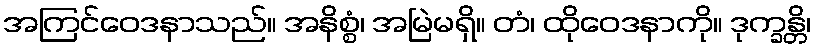
အကြင်ဝေဒနာသည်။ အနိစ္စံ၊ အမြဲမရှိ။ တံ၊ ထိုဝေဒနာကို။ ဒုက္ခန္တိ၊